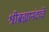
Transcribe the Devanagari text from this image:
श्रीब्रह्मानंदांचे